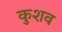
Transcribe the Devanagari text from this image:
कुशव